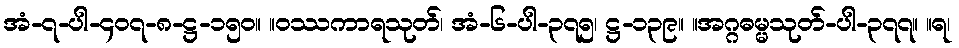
အံ-၇-ပါ-၄၀၇-၈-ဋ္ဌ-၁၅၀။ ။ဝဿကာရသုတ်၊ အံ-၆-ပါ-၃၇၅၊ ဋ္ဌ-၁၃၉။ ။အဂ္ဂဓမ္မသုတ်-ပါ-၃၇၇။ ။ရ၊